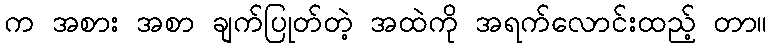
က အစား အစာ ချက်ပြုတ်တဲ့ အထဲကို အရက်လောင်းထည့် တာ။